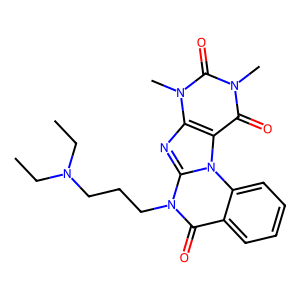
SMILES: CCN(CC)CCCn1c(=O)c2ccccc2n2c3c(=O)n(C)c(=O)n(C)c3nc12
Inhibits HIV replication: No